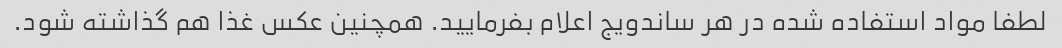
لطفا مواد استفاده شده در هر ساندویج اعلام بفرمایید. همچنین عکس غذا هم گذاشته شود.